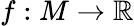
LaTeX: f:M\rightarrow\mathbb{R}